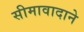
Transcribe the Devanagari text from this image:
सीमावादाने